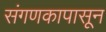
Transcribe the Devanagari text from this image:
संगणकापासून